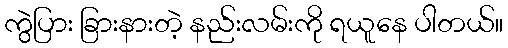
ကွဲပြား ခြားနားတဲ့ နည်းလမ်းကို ရယူနေ ပါတယ်။